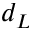
d _ { L }